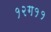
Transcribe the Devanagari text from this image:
१२ग११